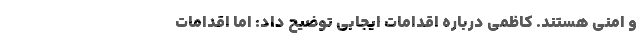
و امنی هستند. کاظمی درباره اقدامات ایجابی توضیح داد: اما اقدامات